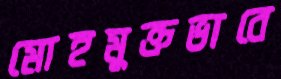
মোহমুক্তভাবে